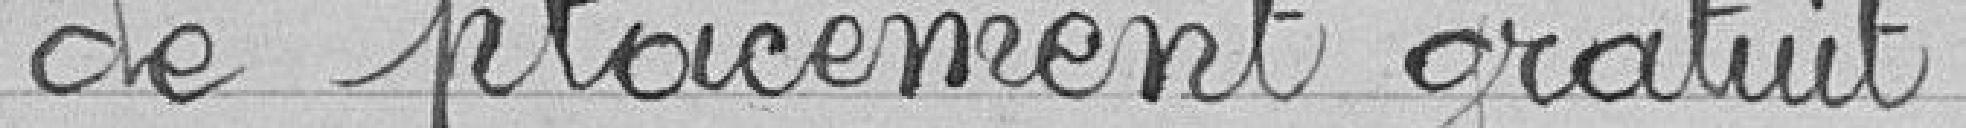
de placement gratuit